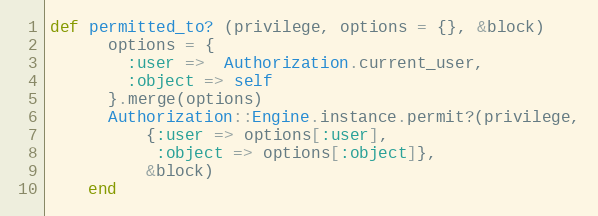
Language: Ruby
def permitted_to? (privilege, options = {}, &block)
      options = {
        :user =>  Authorization.current_user,
        :object => self
      }.merge(options)
      Authorization::Engine.instance.permit?(privilege,
          {:user => options[:user],
           :object => options[:object]},
          &block)
    end